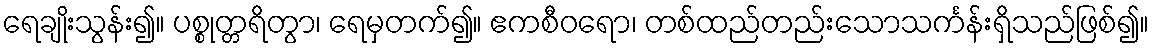
ရေချိုးသွန်း၍။ ပစ္စုတ္တရိတွာ၊ ရေမှတက်၍။ ဧကစီဝရော၊ တစ်ထည်တည်းသောသင်္ကန်းရှိသည်ဖြစ်၍။